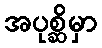
အပုစ္ဆိမှာ